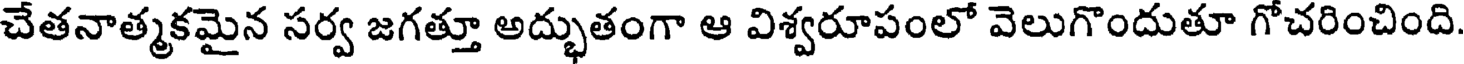
చేతనాత్మకమైన సర్వ జగత్తూ అద్భుతంగా ఆ విశ్వరూపంలో వెలుగొందుతూ గోచరించింది